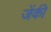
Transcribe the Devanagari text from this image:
जेंकी